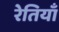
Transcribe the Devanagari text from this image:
रेतियाँ